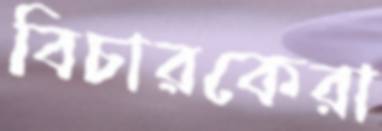
বিচারকেরা